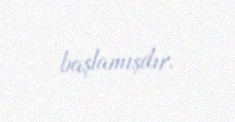
başlamışdır.